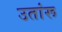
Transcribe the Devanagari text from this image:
उतांरू